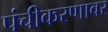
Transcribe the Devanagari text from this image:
पंचीकरणावर